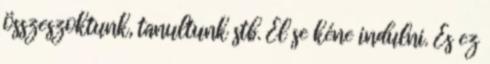
összeszoktunk, tanultunk stb. El se kéne indulni. És ez